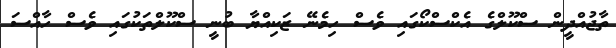
ތާޖުއްދީން ސްކޫލްގެ އެކްސްކޯގައި ވެސް ހިމެނޭ ޒަކިއްޔާ ބުނީ ސްކޫލްތަކުގައި ވެސް ހާއްސަ